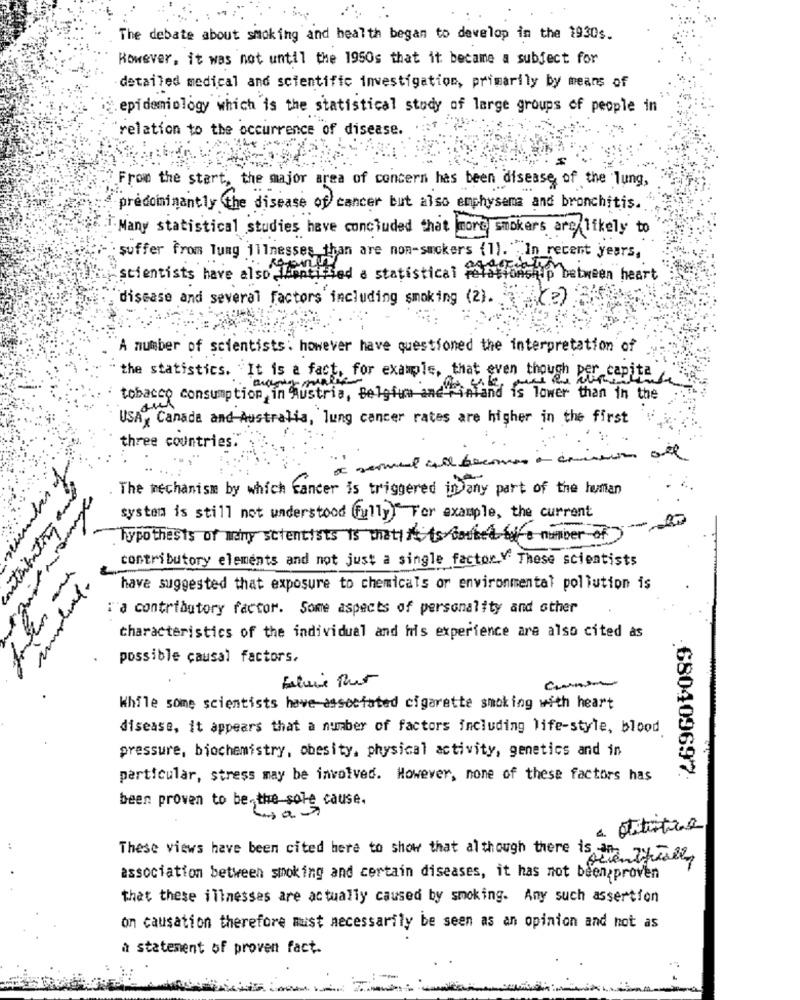
The debate about smoking and health began to develop in the 1930s.
However, it was not until the 1950s that it became a subject for
detailed medical and scientific investigation, primarily by means of
.epidemiology which is the statistical study of large groups of people in
relation to the occurrence of disease.
From the start, the major area of concern has been disease of the lung,
predominantly the disease of cancer but also emphysema and bronchitis.
T.Many statistical studies have concluded that more smokers are likely to
suffer from lung illnesses than are non-suckers (1). In recent years,
scientists have also Lonei had a statistical relationship between heart
disease and several factors including smoking (2).
(2)
A number of scientists; however have questioned the interpretation of
the statistics. "It is a fact, for example, that even though per capita -
tobacco consumption,in Austria, Belgium and Finland is lower than in the
USA, Canada and-Australia, lung cancer rates are higher in the first
three countries.
- cm
The mechanism by which cancer is triggered in any part of the human
system is still not understood fully) For example, the current
"Typothesis of many scientists is what it is booked for a number of )
contributory elements and not just a single factor Y' These scientists
have suggested that exposure to chemicals or environmental pollution is
:'a contributory factor. Some aspects of personality and other
characteristics of the individual and his experience are also cited as
possible causal factors,
While some scientists have-associated cigarette smoking with heart
disease, it appears that a number of factors including life-style, blood
pressure, biochemistry, obesity, physical activity, genetics and in
680409697
particular, stress may be involved. However, none of these factors has
been proven to be, the sole cause.
otitistie
These views have been cited here to show that although there is an
association between smoking and certain diseases, it has not been proven
that these illnesses are actually caused by smoking. Any such assertion
on causation therefore must necessarily be seen as an opinion and hot as
a statement of proven fact.